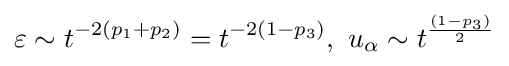
\varepsilon \sim t^{-2(p_{1}+p_{2})}=t^{-2(1-p_{3})},\ u_{\alpha }\sim t^{\frac {(1-p_{3})}{2}}